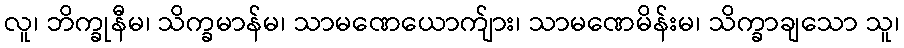
လူ၊ ဘိက္ခုနီမ၊ သိက္ခမာန်မ၊ သာမဏေယောက်ျား၊ သာမဏေမိန်းမ၊ သိက္ခာချသော သူ၊